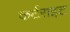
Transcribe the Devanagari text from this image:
कर्टराइट